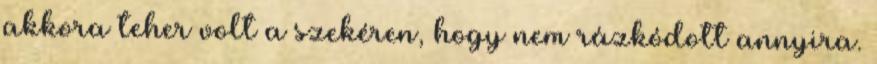
akkora teher volt a szekéren, hogy nem rázkódott annyira.